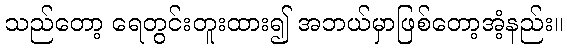
သည်တော့ ရေတွင်းတူးထား၍ အဘယ်မှာဖြစ်တော့အံ့နည်း။